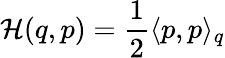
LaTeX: {\mathcal{H}}(q,p)={\frac{1}{2}}\langle p,p\rangle_{q}